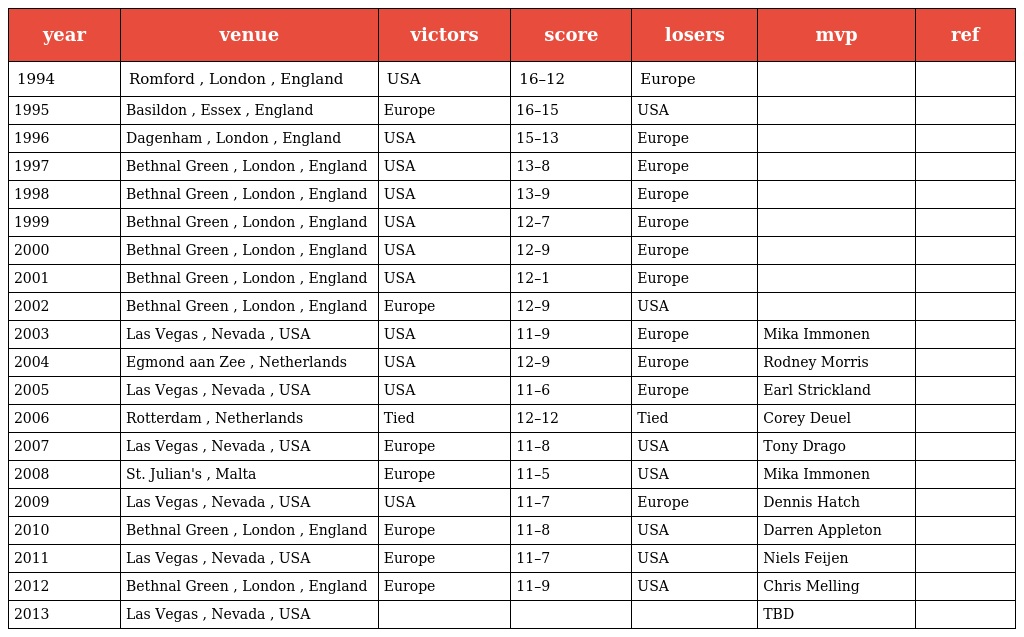
| year | venue | victors | score | losers | mvp | ref |
 | --- | --- | --- | --- | --- | --- | --- |
 | 1994 | Romford , London , England | USA | 16–12 | Europe |  |  |
 | 1995 | Basildon , Essex , England | Europe | 16–15 | USA |  |  |
 | 1996 | Dagenham , London , England | USA | 15–13 | Europe |  |  |
 | 1997 | Bethnal Green , London , England | USA | 13–8 | Europe |  |  |
 | 1998 | Bethnal Green , London , England | USA | 13–9 | Europe |  |  |
 | 1999 | Bethnal Green , London , England | USA | 12–7 | Europe |  |  |
 | 2000 | Bethnal Green , London , England | USA | 12–9 | Europe |  |  |
 | 2001 | Bethnal Green , London , England | USA | 12–1 | Europe |  |  |
 | 2002 | Bethnal Green , London , England | Europe | 12–9 | USA |  |  |
 | 2003 | Las Vegas , Nevada , USA | USA | 11–9 | Europe | Mika Immonen |  |
 | 2004 | Egmond aan Zee , Netherlands | USA | 12–9 | Europe | Rodney Morris |  |
 | 2005 | Las Vegas , Nevada , USA | USA | 11–6 | Europe | Earl Strickland |  |
 | 2006 | Rotterdam , Netherlands | Tied | 12–12 | Tied | Corey Deuel |  |
 | 2007 | Las Vegas , Nevada , USA | Europe | 11–8 | USA | Tony Drago |  |
 | 2008 | St. Julian's , Malta | Europe | 11–5 | USA | Mika Immonen |  |
 | 2009 | Las Vegas , Nevada , USA | USA | 11–7 | Europe | Dennis Hatch |  |
 | 2010 | Bethnal Green , London , England | Europe | 11–8 | USA | Darren Appleton |  |
 | 2011 | Las Vegas , Nevada , USA | Europe | 11–7 | USA | Niels Feijen |  |
 | 2012 | Bethnal Green , London , England | Europe | 11–9 | USA | Chris Melling |  |
 | 2013 | Las Vegas , Nevada , USA |  |  |  | TBD |  |